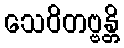
သေဝိတဗ္ဗန္တိ